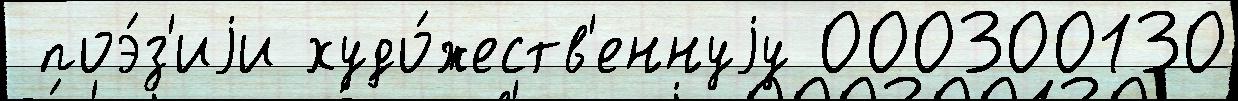
 поэ́з'иjи худо́жеств'еннуjу 000300130